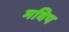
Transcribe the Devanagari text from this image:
मविप